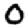
Digit: 0